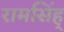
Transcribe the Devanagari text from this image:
रामसिंह्